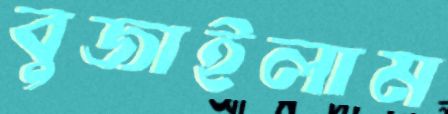
বুজাইলাম